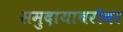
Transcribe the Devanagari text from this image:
समुदायाबरोबर